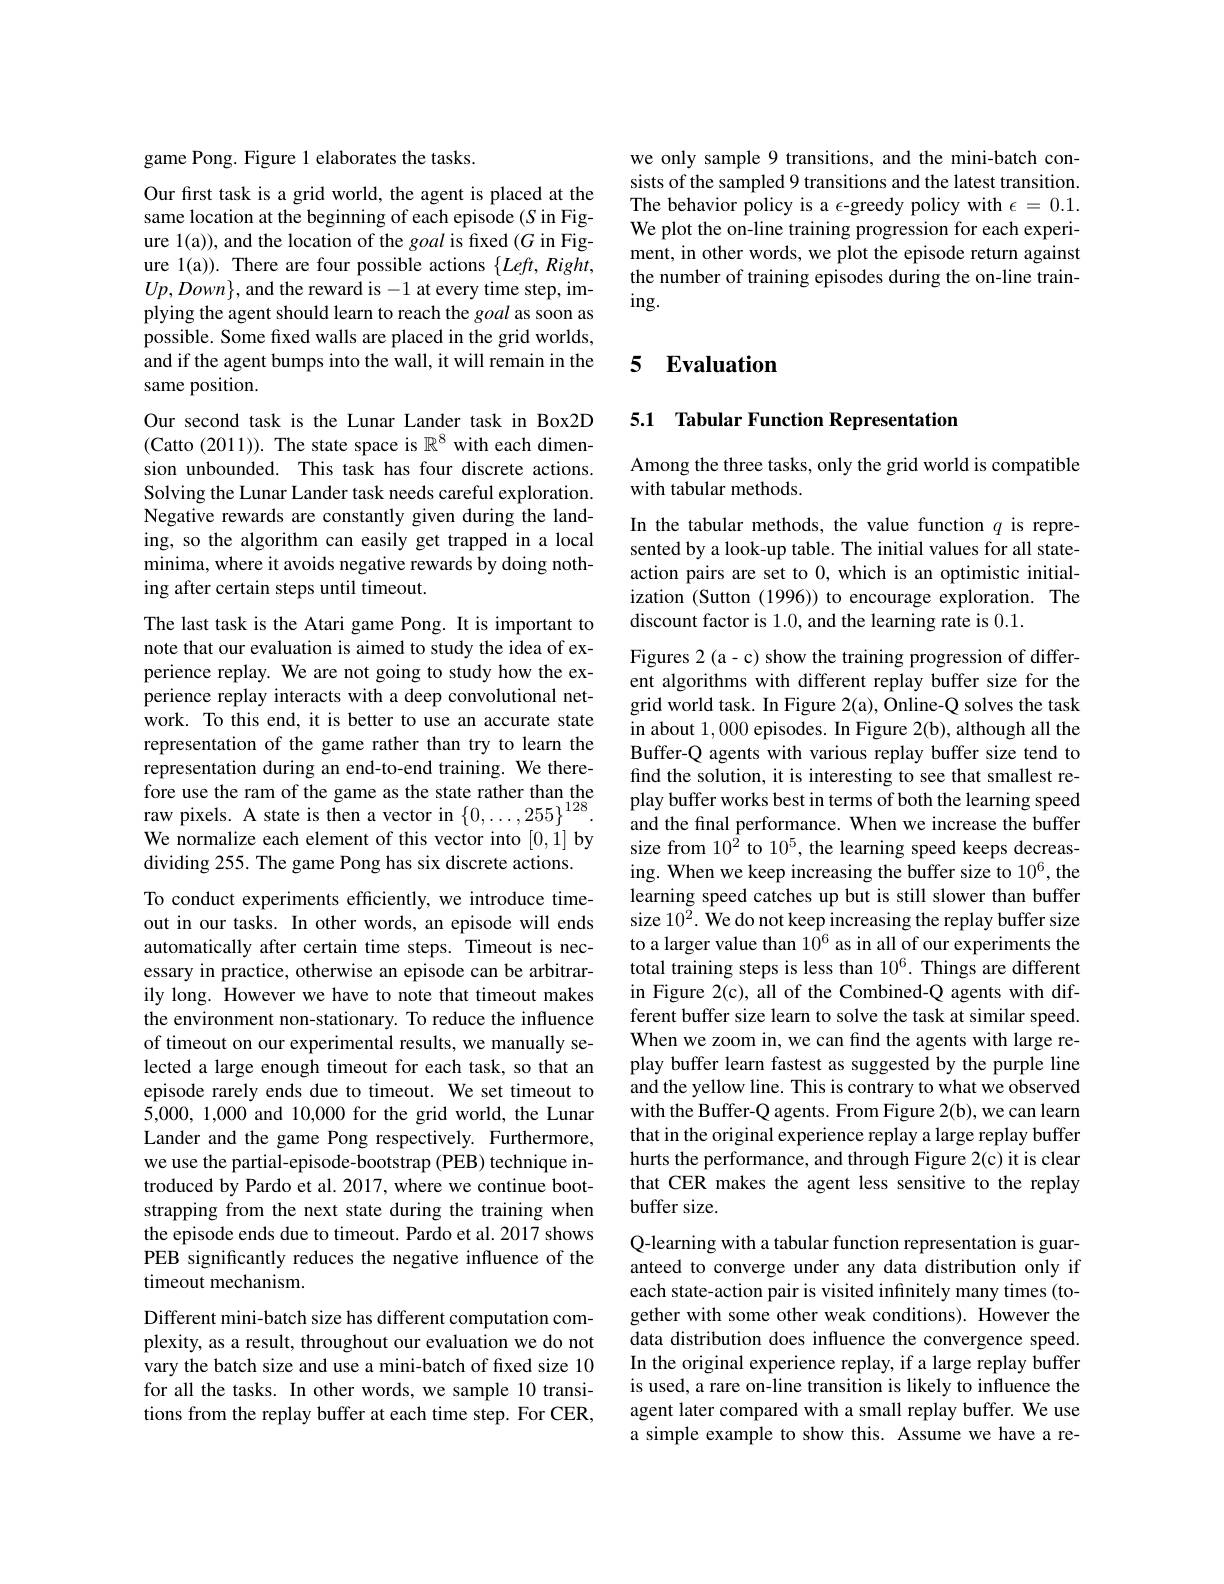
game Pong. Figure 1 elaborates the tasks.

Our first task is a grid world, the agent is placed at the same location at the beginning of each episode (S in Figure 1(a)), and the location of the goal is fixed (G in Figure 1(a)). There are four possible actions $\{Left,Right$, $Up,Down\}$, and the reward is -1 at every time step, implying the agent should learn to reach the goal as soon as possible. Some fxed walls are placed in the grid worlds, and if the agent bumps into the wall, it will remain in the same position.

Our second task is the Lunar Lander task in Box2D (Catto (2011)). The state space is $\mathbb{R}^8$ with each dimension unbounded. This task has four discrete actions. Solving the Lunar Lander task needs careful exploration. Negative rewards are constantly given during the landing, so the algorithm can easily get trapped in a local minima, where it avoids negative rewards by doing nothing after certain steps until timeout.

The last task is the Atari game Pong. It is important to

note that our evaluation is aimed to study the idea of ex-

perience replay. We are not going to study how the ex-

perience replay interacts with a deep convolutional net-

work. To this end, it is better to use an accurate state

representation of the game rather than try to learn the

representation during an end-to-end training. We there-

fore use the ram of the game as the state rather than the

raw pixels. A state is then a vector in $\{0,\ldots,255\}^{128}.$

We normalize each element of this vector into [0,1] by

dividing 255. The game Pong has six discrete actions.

To conduct experiments efficiently, we introduce time-

out in our tasks. In other words, an episode will ends

automatically after certain time steps. Timeout is nec-

essary in practice, otherwise an episode can be arbitrar-

ily long. However we have to note that timeout makes

the environment non-stationary. To reduce the influence

of timeout on our experimental results, we manually se-

lected a large enough timeout for each task, so that an

episode rarely ends due to timeout. We set timeout to

5,000,1,000 and 10,000 for the grid world, the Lunar

Lander and the game Pong respectively. Furthermore,

we use the partial-episode-bootstrap (PEB) technique in-

troduced by Pardo et al. 2017, where we continue boot-

strapping from the next state during the training when

the episode ends due to timeout. Pardo et al. 2017 shows

PEB significantly reduces the negative influence of the

timeout mechanism.

Different mini-batch size has different computation complexity, as a result, throughout our evaluation we do not vary the batch size and use a mini-batch of fixed size 10 for all the tasks. In other words, we sample 10 transitions from the replay buffer at each time step. For CER,

we only sample 9 transitions, and the mini-batch consists of the sampled 9 transitions and the latest transition. The behavior policy is a $\epsilon$-greedy policy with $\epsilon=0.1.$ We plot the on-line training progression for each experiment, in other words, we plot the episode return against the number of training episodes during the on-line train- $ing.$

# 5 Evaluation

## 5.1 Tabular Function Representation

Among the three tasks, only the grid world is compatible
with tabular methods.

In the tabular methods, the value function $q$ is represented by a look-up table. The initial values for all stateaction pairs are set to 0, which is an optimistic initialization (Sutton (1996)) to encourage exploration. The discount factor is 1.0, and the learning rate is 0.1.

Figures 2 (a-c) show the training progression of different algorithms with different replay buffer size for the grid world task. In Figure 2(a), Online-Q solves the task in about 1,000 episodes. In Figure 2(b), although all the Buffer-Q agents with various replay buffer size tend to find the solution, it is interesting to see that smallest replay buffer works best in terms of both the learning speed and the final performance. When we increase the buffer size from 10$^{\hat{2}}$ to 10$^5$, the learning speed keeps decreasing. When we keep increasing the buffer size to 106, the learning speed catches up but is still slower than buffer size $10^{\tilde{2} }.$ We do not keep increasing the replay buffer size to a larger value than $10^{6}$ as in all of our experiments the total training steps is less than $10^6.$ Things are different in Figure 2(c), all of the Combined-Q agents with different buffer size learn to solve the task at similar speed. When we zoom in, we can find the agents with large replay buffer learn fastest as suggested by the purple line and the yellow line. This is contrary to what we observed with the Buffer-Q agents. From Figure 2(b), we can learn that in the original experience replay a large replay buffer hurts the performance, and through Figure 2(c) it is clear that CER makes the agent less sensitive to the replay buffer size.
Q-learning with a tabular function representation is guaranteed to converge under any data distribution only if

each state-action pair is visited infinitely many times (together with some other weak conditions). However the data distribution does influence the convergence speed. In the original experience replay, if a large replay buffer is used, a rare on-line transition is likely to influence the agent later compared with a small replay buffer. We use a simple example to show this. Assume we have a re-